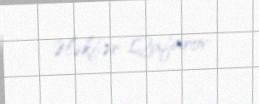
Ələkbər Qafarov